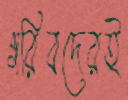
গরিবদেরই